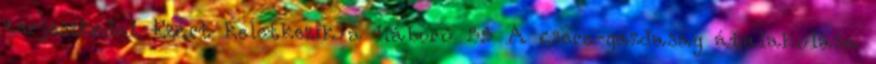
terjeszkedni. Ezért keletkezik a háború 55 A csere-gazdaság átalakulása